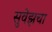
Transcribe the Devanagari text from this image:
सुवेझचा